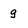
Character: g